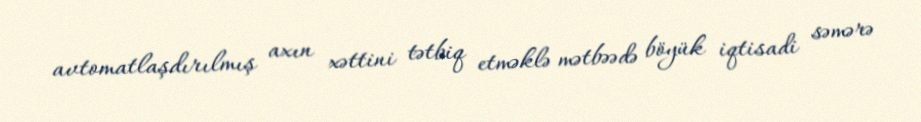
avtomatlaşdırılmış axın xəttini tətbiq etməklə mətbəədə böyük iqtisadi səmərə